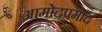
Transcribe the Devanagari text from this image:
आमोदप्रमोद